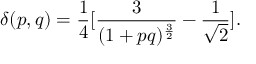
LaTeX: \delta ( p , q ) = { \frac { 1 } { 4 } } [ { \frac { 3 } { ( 1 + p q ) ^ { \frac { 3 } { 2 } } } } - { \frac { 1 } { \sqrt 2 } } ] .